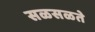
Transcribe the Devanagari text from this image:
सळसळते